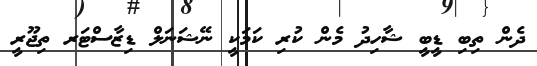
ދެން ތިބި ޑީބީ ޝާހިދު މެން ކުރި ކަމަކީ ނޭޝަނަލް ޑިޒާސްޓަރ ތިޖޫރީ